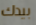
بيدك